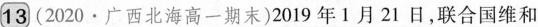
13(2020·广西北海高一期末)2019年1月21日，联合国维和